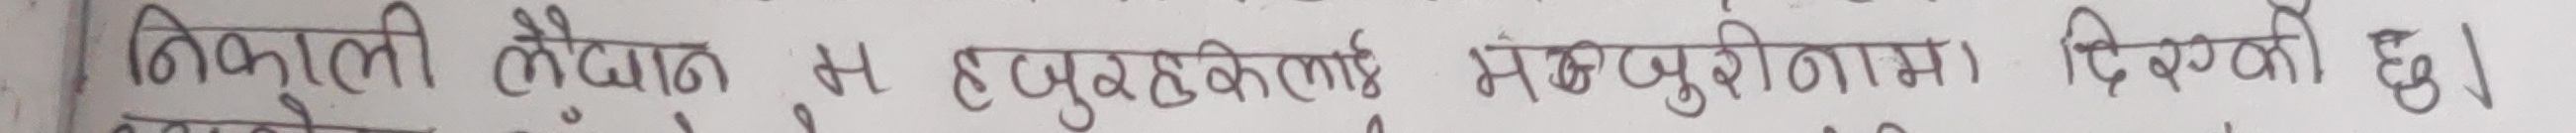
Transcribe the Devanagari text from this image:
निबुली लौहान ह हजुरहरुकलाई सम्बुना मा दिएको छ।